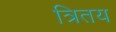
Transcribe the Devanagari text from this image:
त्रितय